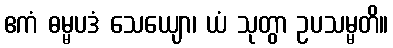
ဧကံ ဓမ္မပဒံ သေယျော၊ ယံ သုတွာ ဥပသမ္မတိ။